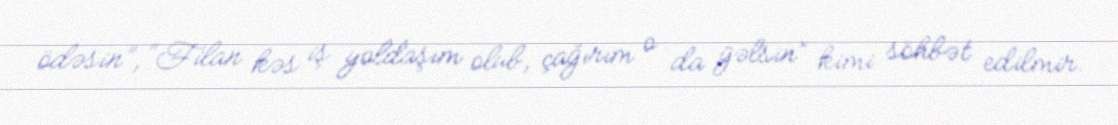
ödəsin”, “Filan kəs iş yoldaşım olub, çağırım o da gəlsin” kimi söhbət edilmir.